Malaria in the Andamans - Number 56
Disease focus: Malaria
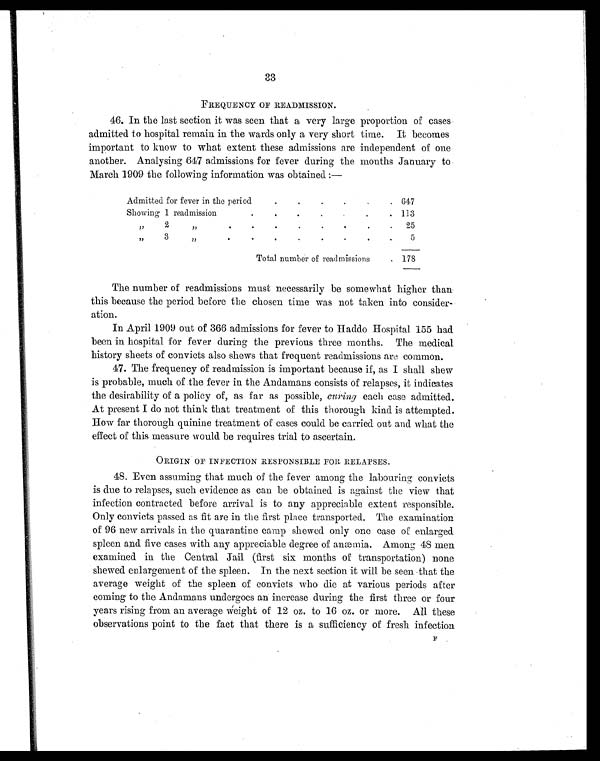
FREQUENCY OF READMISSION.
46. In the last section it was seen that a very large proportion of cases
admitted to hospital remain in the wards only a very short time. It becomes
important to know to what extent these admissions are independent of one
another. Analysing 647 admissions for fever during the months January to
March 1909 the following information was obtained:—
Admitted for fever in the period
.
.
.
.
. 647
Showing 1 readmission
.
.
.
.
.
. 113
" 2 " 25
" 3 "
.
.
.
.
.
.
.
.
5
Total number of readmissions
. 178
The number of readmissions must necessarily be somewhat higher than
this because the period before the chosen time was not taken into consider-
ation.
In April 1909 out of 366 admissions for fever to Haddo Hospital 155 had
been in hospital for fever during the previous three months. The medical
history sheets of convicts also spews that frequent readmissions are common.
47. The frequency of readmission is important because if, as I shall shew
is probable, much of the fever in the Andamans consists of relapses, it indicates
the desirability of a policy of, as far as possible, curing each case admitted.
At present I do not think that treatment of this thorough kind is attempted.
How far thorough quinine treatment of cases could be carried out and what the
effect of this measure would be requires trial to ascertain.
ORIGIN OF INFECTION RESPONSIBLE FOR RELAPSES.
4 8 . E v e n a s s u m i n g t h a t m u c h o f t h e f e v e r a m o n g t h e l a b o u r i n g c o n v i c t s
is due to relapses, such evidence as can be obtained is against the view that
infection contracted before arrival is to any appreciable extent responsible.
Only convicts passed as fit are in the first place transported. The examination
of 96 new arrivals in the quarantine camp shewed only one case of enlarged
spleen and five cases with any appreciable degree of anæmia. Among 48 men
examined in the Central Jail (first six months of transportation) none
shewed enlargement of the spleen. In the next section it will be seen that the
average weight of the spleen of convicts who die at various periods after
coming to the Andamans undergoes an increase during the first three or four
years rising from an average weight of 12 oz. to 16 oz. or more. All these
observations point to the fact that there is a sufficiency or fresh infection
F